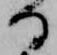
る